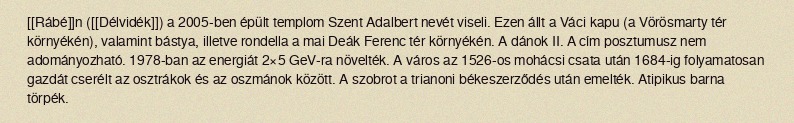
[[Rábé]]n ([[Délvidék]]) a 2005-ben épült templom Szent Adalbert nevét viseli. Ezen állt a Váci kapu (a Vörösmarty tér környékén), valamint bástya, illetve rondella a mai Deák Ferenc tér környékén. A dánok II. A cím posztumusz nem adományozható. 1978-ban az energiát 2×5 GeV-ra növelték. A város az 1526-os mohácsi csata után 1684-ig folyamatosan gazdát cserélt az osztrákok és az oszmánok között. A szobrot a trianoni békeszerződés után emelték. Atipikus barna törpék.